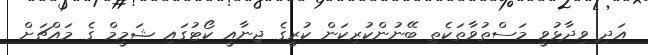
އަދި ވިދާޅުވީ މަސްތުވާތަކެތި ބޭނުންކުރިކަން ކުރީގެ ޖިނާއީ ކޯޓުގައި ޝަމީމް ގެ މައްޗަށް